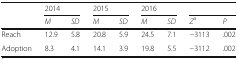
<table><thead><tr><td rowspan="2"></td><td colspan="2"><b>2014</b></td><td colspan="2"><b>2015</b></td><td colspan="2"><b>2016</b></td><td colspan="2"></td></tr><tr><td><b><i>M</i></b></td><td><b><i>SD</i></b></td><td><b><i>M</i></b></td><td><b><i>SD</i></b></td><td><b><i>M</i></b></td><td><b><i>SD</i></b></td><td><b><i>Z</i><sup>a</sup></b></td><td><b><i>P</i></b></td></tr></thead><tbody><tr><td>Reach</td><td>12.9</td><td>5.8</td><td>20.8</td><td>5.9</td><td>24.5</td><td>7.1</td><td>−3113</td><td>.002</td></tr><tr><td>Adoption</td><td>8.3</td><td>4.1</td><td>14.1</td><td>3.9</td><td>19.8</td><td>5.5</td><td>−3112</td><td>.002</td></tr></tbody></table>